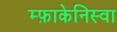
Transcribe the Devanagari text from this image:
म्फ़ाकेनिस्वा